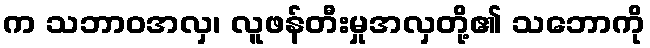
က သဘာဝအလှ၊ လူဖန်တီးမှုအလှတို့၏ သဘောကို